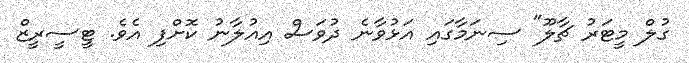
ގުލް މީޓަރު ޗާލޫ" ސިނަމާގައި އަޅުވާނެ ދުވަސް އިއުލާނު ކޮށްފި އެވެ. ޓީސީރީޒް